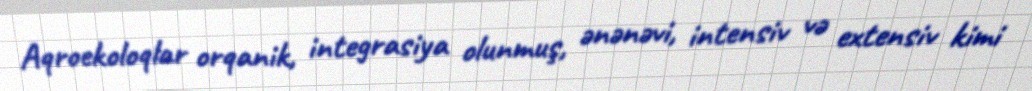
Aqroekoloqlar orqanik, integrasiya olunmuş, ənənəvi, intensiv və extensiv kimi